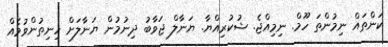
ކަންތައް ނިމުންތަ ހޫމް. ނިމިއްޖެ. ޝުކުރިއްޔާ. ޔަނާލް ޖަވާބު ދިނުމުން ޔަނާލަށް ހިނިތުންވުމެއް